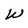
Character: W